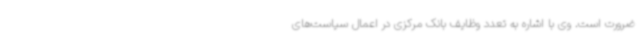
ضرورت است. وی با اشاره به تعدد وظایف بانک مرکزی در اعمال سیاست‌های